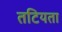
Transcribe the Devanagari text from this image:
तटियता